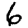
Digit: 6